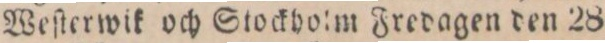
Weſterwik och Stockholm Fredagen den 28